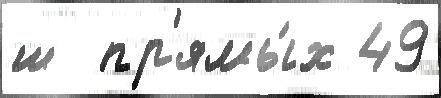
ш  пр'ямы́х 49